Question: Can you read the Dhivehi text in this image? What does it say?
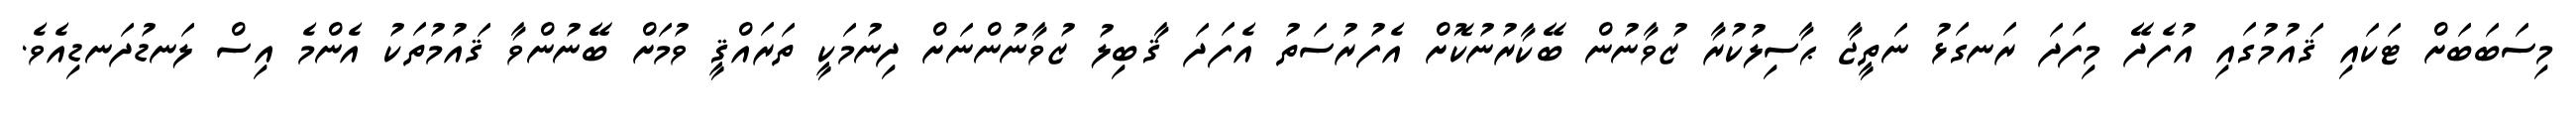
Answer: މިސަބަބަށް ޓަކައި ޤައުމުގައި އުފެދޭ މިފަދަ ރަނގަޅު ނަތީޖާ ޙާސިލުކުރާ ޒުވާނުން ބޭކާރުނުކޮށް އެފުރުސަތު އެފަދަ ޤާބިލު ޒުވާނުންނަށް ދިނުމަކީ ތަރައްޤީ ވުމަށް ބޭނުންވާ ޤައުމުތަކު އެންމެ އިސް ލަނޑުދަނޑިއެވެ.